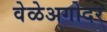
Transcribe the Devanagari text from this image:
वेळेअगोदर